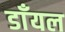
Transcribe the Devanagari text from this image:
डाँयल